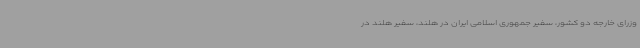
وزرای خارجه دو کشور، سفیر جمهوری اسلامی ایران در هلند، سفیر هلند در